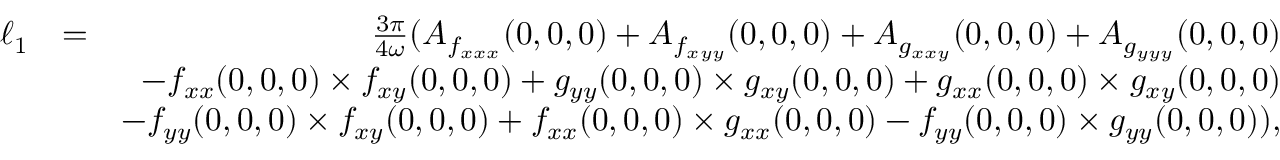
\begin{array} { r l r } { \ell _ { 1 } } & { = } & { \frac { 3 \pi } { 4 \omega } ( A _ { f _ { x x x } } ( 0 , 0 , 0 ) + A _ { f _ { x y y } } ( 0 , 0 , 0 ) + A _ { g _ { x x y } } ( 0 , 0 , 0 ) + A _ { g _ { y y y } } ( 0 , 0 , 0 ) } \\ & { } & { - f _ { x x } ( 0 , 0 , 0 ) \times f _ { x y } ( 0 , 0 , 0 ) + g _ { y y } ( 0 , 0 , 0 ) \times g _ { x y } ( 0 , 0 , 0 ) + g _ { x x } ( 0 , 0 , 0 ) \times g _ { x y } ( 0 , 0 , 0 ) } \\ & { } & { - f _ { y y } ( 0 , 0 , 0 ) \times f _ { x y } ( 0 , 0 , 0 ) + f _ { x x } ( 0 , 0 , 0 ) \times g _ { x x } ( 0 , 0 , 0 ) - f _ { y y } ( 0 , 0 , 0 ) \times g _ { y y } ( 0 , 0 , 0 ) ) , } \end{array}